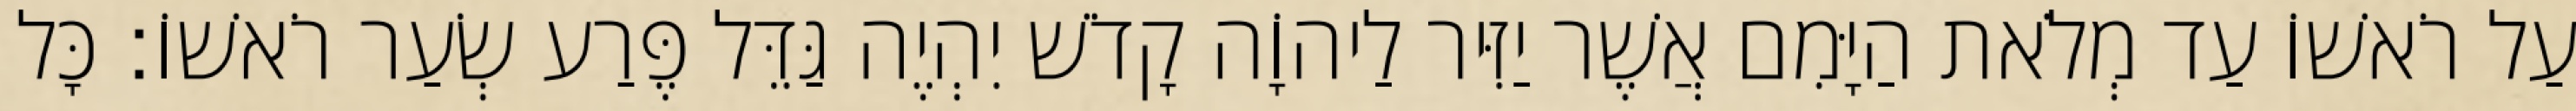
עַל רֹאשׁוֹ עַד מְלֹאת הַיָּמִם אֲשֶׁר יַזִּיר לַיהוָֹה קָדֹשׁ יִהְיֶה גַּדֵּל פֶּרַע שְׂעַר רֹאשׁוֹ׃ כָּל